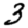
Digit: 3